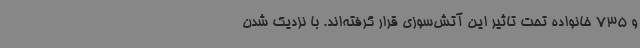
و 735 خانواده تحت تاثیر این آتش‌سوزی قرار گرفته‌اند. با نزدیک شدن